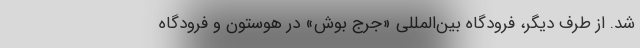
شد. از طرف دیگر، فرودگاه بین‌المللی «جرج بوش» در هوستون و فرودگاه